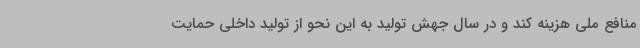
منافع ملی هزینه کند و در سال جهش تولید به این نحو از تولید داخلی حمایت